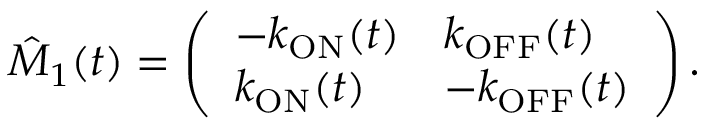
\hat { M } _ { 1 } ( t ) = \left( \begin{array} { l l } { - k _ { \mathrm { O N } } ( t ) } & { k _ { \mathrm { O F F } } ( t ) } \\ { k _ { \mathrm { O N } } ( t ) } & { - k _ { \mathrm { O F F } } ( t ) } \end{array} \right) .